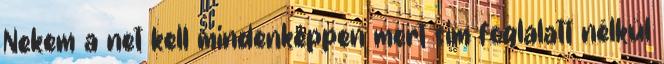
Nekem a net kell mindenképpen mert sim foglalatt nélkül